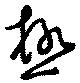
極